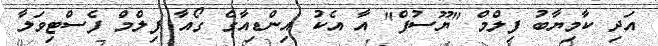
އަދި ކާމިޔާބު ފިލްމް "ޔޫސުފް" އާ އެކު އިންޑިއާގެ ގޯއާ ފިލްމް ފެސްޓިވަލާ